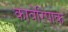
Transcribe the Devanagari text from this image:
कावेरिपाक